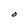
Character: O